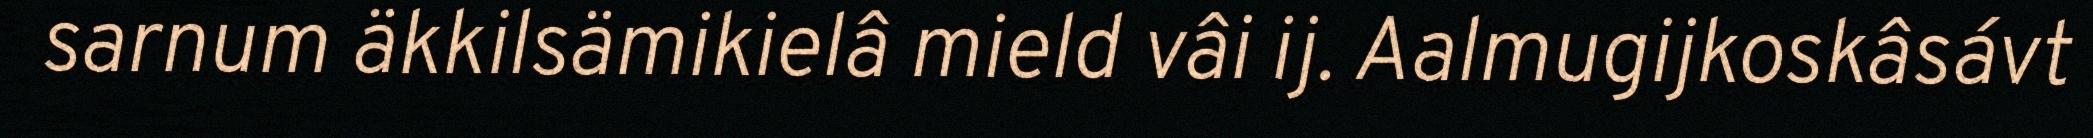
sarnum äkkilsämikielâ mield vâi ij. Aalmugijkoskâsávt